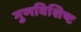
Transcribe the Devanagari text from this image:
गुणविशिष्ट